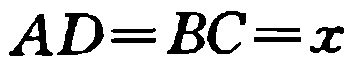
\(AD = BC = x\)